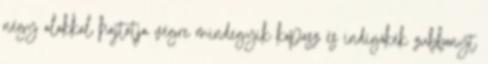
négy alakkal hajtatja végre mindegyik kopasz és indigókék zubbonyt